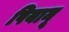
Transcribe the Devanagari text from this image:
पियानू